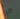
انت